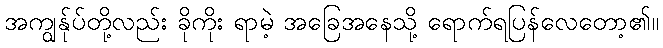
အကျွန်ုပ်တို့လည်း ခိုကိုး ရာမဲ့ အခြေအနေသို့ ရောက်ရပြန်လေတော့၏။